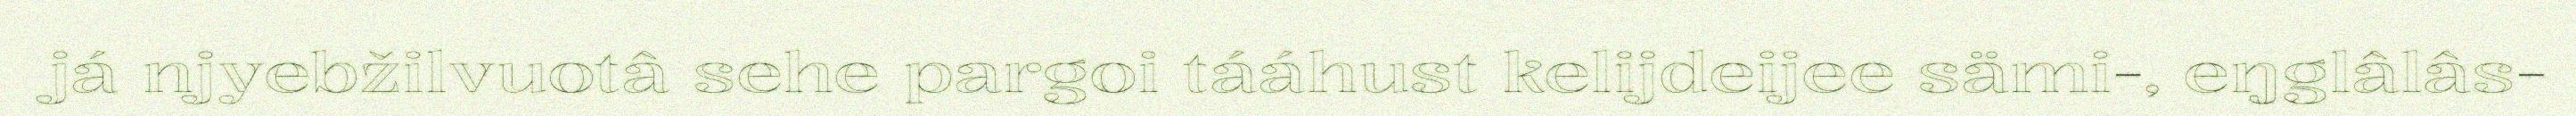
já njyebžilvuotâ sehe pargoi tááhust kelijdeijee sämi-, eŋglâlâs-